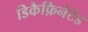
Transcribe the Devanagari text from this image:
डिकैफ़िनेटेड